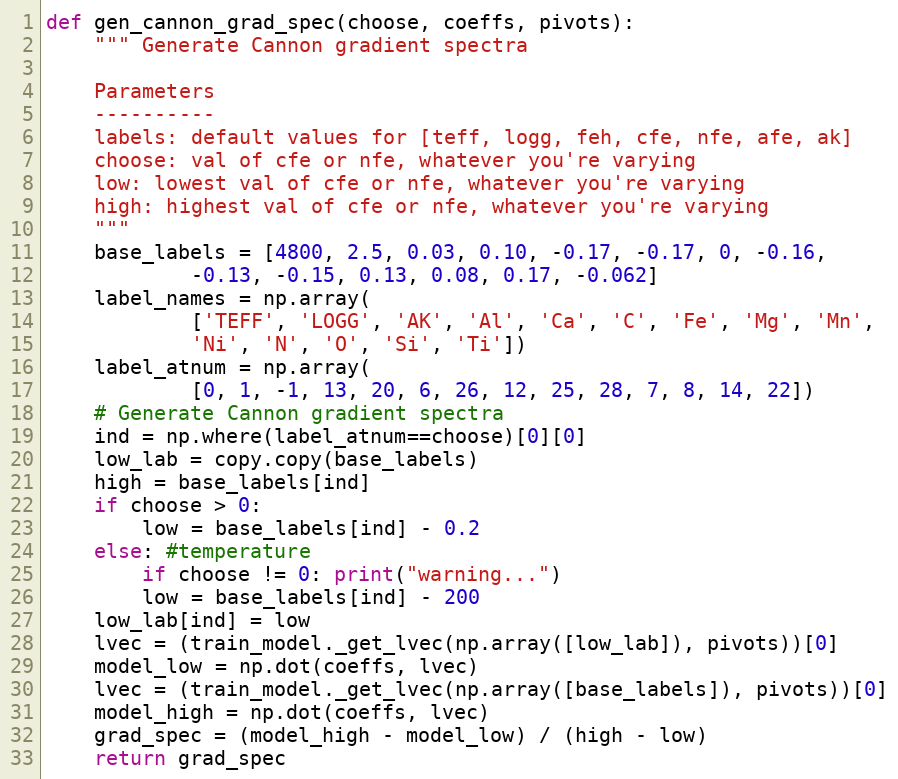
Language: Python
def gen_cannon_grad_spec(choose, coeffs, pivots):
    """ Generate Cannon gradient spectra

    Parameters
    ----------
    labels: default values for [teff, logg, feh, cfe, nfe, afe, ak]
    choose: val of cfe or nfe, whatever you're varying
    low: lowest val of cfe or nfe, whatever you're varying
    high: highest val of cfe or nfe, whatever you're varying
    """
    base_labels = [4800, 2.5, 0.03, 0.10, -0.17, -0.17, 0, -0.16,
            -0.13, -0.15, 0.13, 0.08, 0.17, -0.062]
    label_names = np.array(
            ['TEFF', 'LOGG', 'AK', 'Al', 'Ca', 'C', 'Fe', 'Mg', 'Mn',
            'Ni', 'N', 'O', 'Si', 'Ti'])
    label_atnum = np.array(
            [0, 1, -1, 13, 20, 6, 26, 12, 25, 28, 7, 8, 14, 22])
    # Generate Cannon gradient spectra
    ind = np.where(label_atnum==choose)[0][0]
    low_lab = copy.copy(base_labels)
    high = base_labels[ind]
    if choose > 0:
        low = base_labels[ind] - 0.2
    else: #temperature
        if choose != 0: print("warning...")
        low = base_labels[ind] - 200
    low_lab[ind] = low
    lvec = (train_model._get_lvec(np.array([low_lab]), pivots))[0]
    model_low = np.dot(coeffs, lvec)
    lvec = (train_model._get_lvec(np.array([base_labels]), pivots))[0]
    model_high = np.dot(coeffs, lvec)
    grad_spec = (model_high - model_low) / (high - low)
    return grad_spec